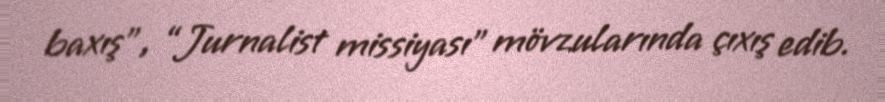
baxış”, “Jurnalist missiyası” mövzularında çıxış edib.